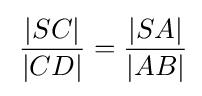
\,{\frac {|SC|}{|CD|}}={\frac {|SA|}{|AB|}}